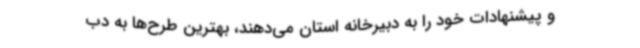
و پیشنهادات خود را به دبیرخانه استان می‌دهند، بهترین طرح‌ها به دب